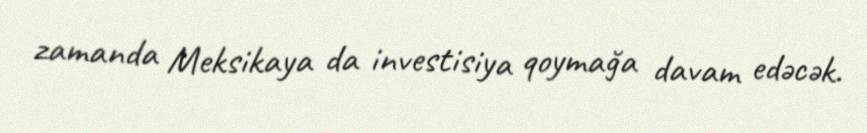
zamanda Meksikaya da investisiya qoymağa davam edəcək.